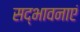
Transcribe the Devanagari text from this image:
सद्भावनाएं